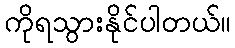
ကိုရသွားနိုင်ပါတယ်။